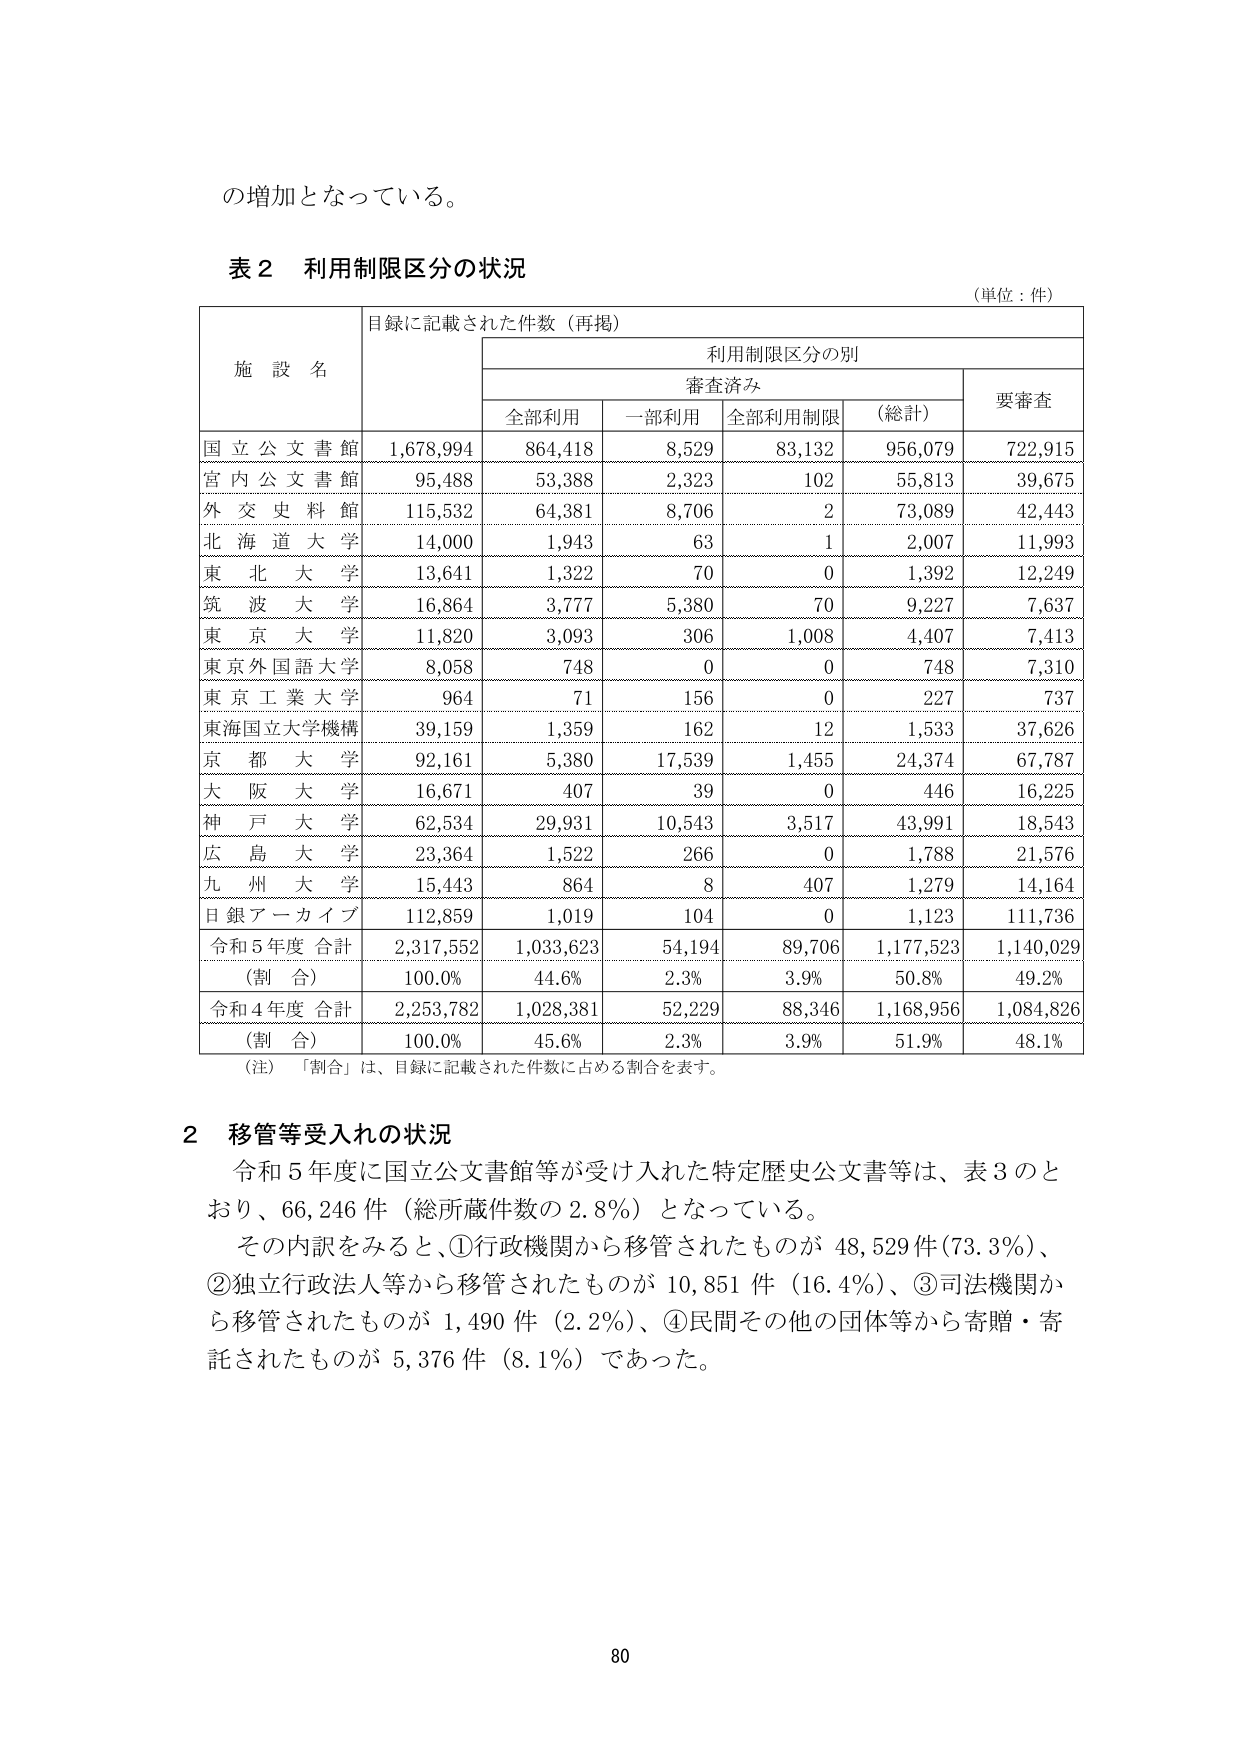
の増加となっている。

表２ 利用制限区分の状況
（単位：件）

施設名 | 目録に記載された件数（再掲） | 利用制限区分の別 | | | | |
|---|---|---|---|---|---|---|
| | | 審査済み | | | | 要審査 |
| | | 全部利用 | 一部利用 | 全部利用制限 | （総計） | |
|国立公文書館 | 1,678,994 | 864,418 | 8,529 | 83,132 | 956,079 | 722,915 |
|宮内公文書館 | 95,488 | 53,388 | 2,323 | 102 | 55,813 | 39,675 |
|外交史料館 | 115,532 | 64,381 | 8,706 | 2 | 73,089 | 42,443 |
|北海道大学 | 14,000 | 1,943 | 63 | 1 | 2,007 | 11,993 |
|東北大学 | 13,641 | 1,322 | 70 | 0 | 1,392 | 12,249 |
|筑波大学 | 16,864 | 3,777 | 5,380 | 70 | 9,227 | 7,637 |
|東京大学 | 11,820 | 3,093 | 306 | 1,008 | 4,407 | 7,413 |
|東京外国語大学 | 8,058 | 748 | 0 | 0 | 748 | 7,310 |
|東京工業大学 | 964 | 71 | 156 | 0 | 227 | 737 |
|東海国立大学機構 | 39,159 | 1,359 | 162 | 12 | 1,533 | 37,626 |
|京都大学 | 92,161 | 5,380 | 17,539 | 1,455 | 24,374 | 67,787 |
|大阪大学 | 16,671 | 407 | 39 | 0 | 446 | 16,225 |
|神戸大学 | 62,534 | 29,931 | 10,543 | 3,517 | 43,991 | 18,543 |
|広島大学 | 23,364 | 1,522 | 266 | 0 | 1,788 | 21,576 |
|九州大学 | 15,443 | 864 | 8 | 407 | 1,279 | 14,164 |
|日銀アーカイブ | 112,859 | 1,019 | 104 | 0 | 1,123 | 111,736 |
|令和5年度 合計 | 2,317,552 | 1,033,623 | 54,194 | 89,706 | 1,177,523 | 1,140,029 |
|（割合） | 100.0% | 44.6% | 2.3% | 3.9% | 50.8% | 49.2% |
|令和4年度 合計 | 2,253,782 | 1,028,381 | 52,229 | 88,346 | 1,168,956 | 1,084,826 |
|（割合） | 100.0% | 45.6% | 2.3% | 3.9% | 51.9% | 48.1% |

（注）「割合」は、目録に記載された件数に占める割合を表す。

２ 移管等受入れの状況
令和５年度に国立公文書館等が受け入れた特定歴史公文書等は、表３のとおり、66,246件（総所蔵件数の2.8%）となっている。
その内訳をみると、①行政機関から移管されたものが48,529件（73.3%）、②独立行政法人等から移管されたものが10,851件（16.4%）、③司法機関から移管されたものが1,490件（2.2%）、④民間その他の団体等から寄贈・寄託されたものが5,376件（8.1%）であった。

80